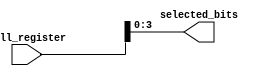
module bit_select_example (
    input [7:0] full_register,
    output reg [3:0] selected_bits
);

always @(*) begin
    // Assign specific bits from full_register to selected_bits
    selected_bits = full_register[3:0];
end

endmodule